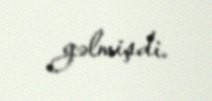
gəlmişdi.